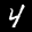
Label: 4